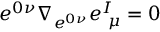
e ^ { 0 \nu } \nabla _ { e ^ { 0 \nu } } e _ { ~ \mu } ^ { I } = 0